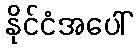
နိုင်ငံအပေါ်